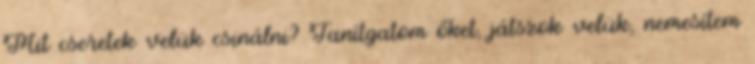
Mit cseretek velük csinálni? Tanítgatom őket, játszok velük, nemesítem